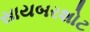
સાયબરશોટ